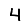
Digit: 4